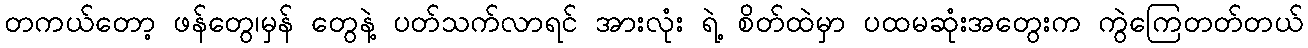
တကယ်တော့ ဖန်တွေ၊မှန် တွေနဲ့ ပတ်သက်လာရင် အားလုံး ရဲ့ စိတ်ထဲမှာ ပထမဆုံးအတွေးက ကွဲကြေတတ်တယ်